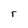
Character: r